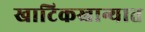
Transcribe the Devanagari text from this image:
खाटिकखान्यात